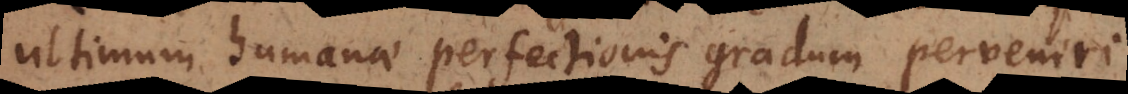
ultimum humanae perfectionis gradum perveniri